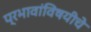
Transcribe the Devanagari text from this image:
प्रभावांविषयीचे